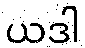
ယဒါ